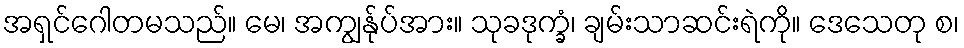
အရှင်ဂေါတမသည်။ မေ၊ အကျွန်ုပ်အား။ သုခဒုက္ခံ၊ ချမ်းသာဆင်းရဲကို။ ဒေသေတု စ၊